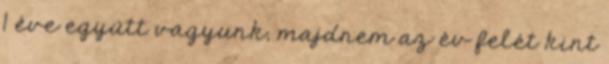
1 éve együtt vagyunk, majdnem az év felét kint